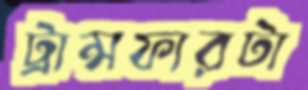
ট্রান্সফারটা